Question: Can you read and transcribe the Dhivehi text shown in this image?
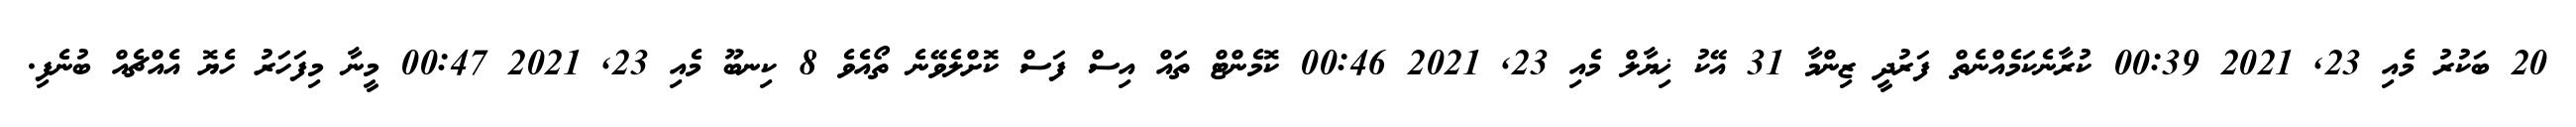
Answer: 20 ބަކުރު މެއި 23, 2021 00:39 ކުރާނެކަމެއްނެތް ފަރުދީ ޒިންމާ 31 އޭކު ޚިޔާލް މެއި 23, 2021 00:46 ކޮމެންޓް ތައް އިސް ފަސް ކޮށްލެވޭނެ ތޯއެވެ 8 ކިނބޫ މެއި 23, 2021 00:47 މީނާ މިފަހަރު ހެޔޮ އެއްޗެއް ބުނެފި.